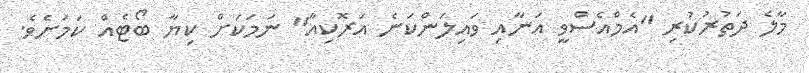
މާލެ ދަތުރުކުރި "އެމްއެސްވީ އަނާއި ވައިލަންކަނެ އަރޮކިއާ" ނަމަކަށް ކިޔާ ބޯޓެއް ކަމަށެވެ.